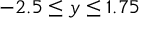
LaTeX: - 2 . 5 \leq y \leq 1 . 7 5